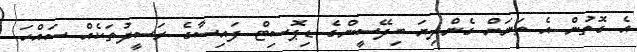
އެ ގޮތުން އެ ތަނަށް ގެންދިޔަ ބިދޭސީންގެ ޑިޕޮސިޓް ފައިސާގެ ރަސީދުތަކެއް ސައްހަ